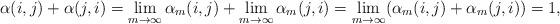
LaTeX: \begin{align*} \alpha(i,j) + \alpha(j,i) = \lim_{m\to \infty}\alpha_m(i,j) + \lim_{m\to \infty}\alpha_m(j,i) = \lim_{m\to \infty}(\alpha_m(i,j)+\alpha_m(j,i)) = 1,\end{align*}